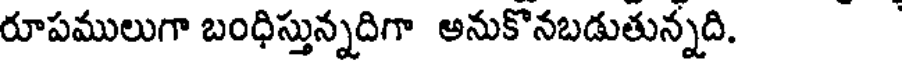
రూపములుగా బంధిస్తున్నదిగా అనుకొనబడుతున్నది.